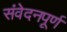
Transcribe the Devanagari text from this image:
संवेदनपूर्ण